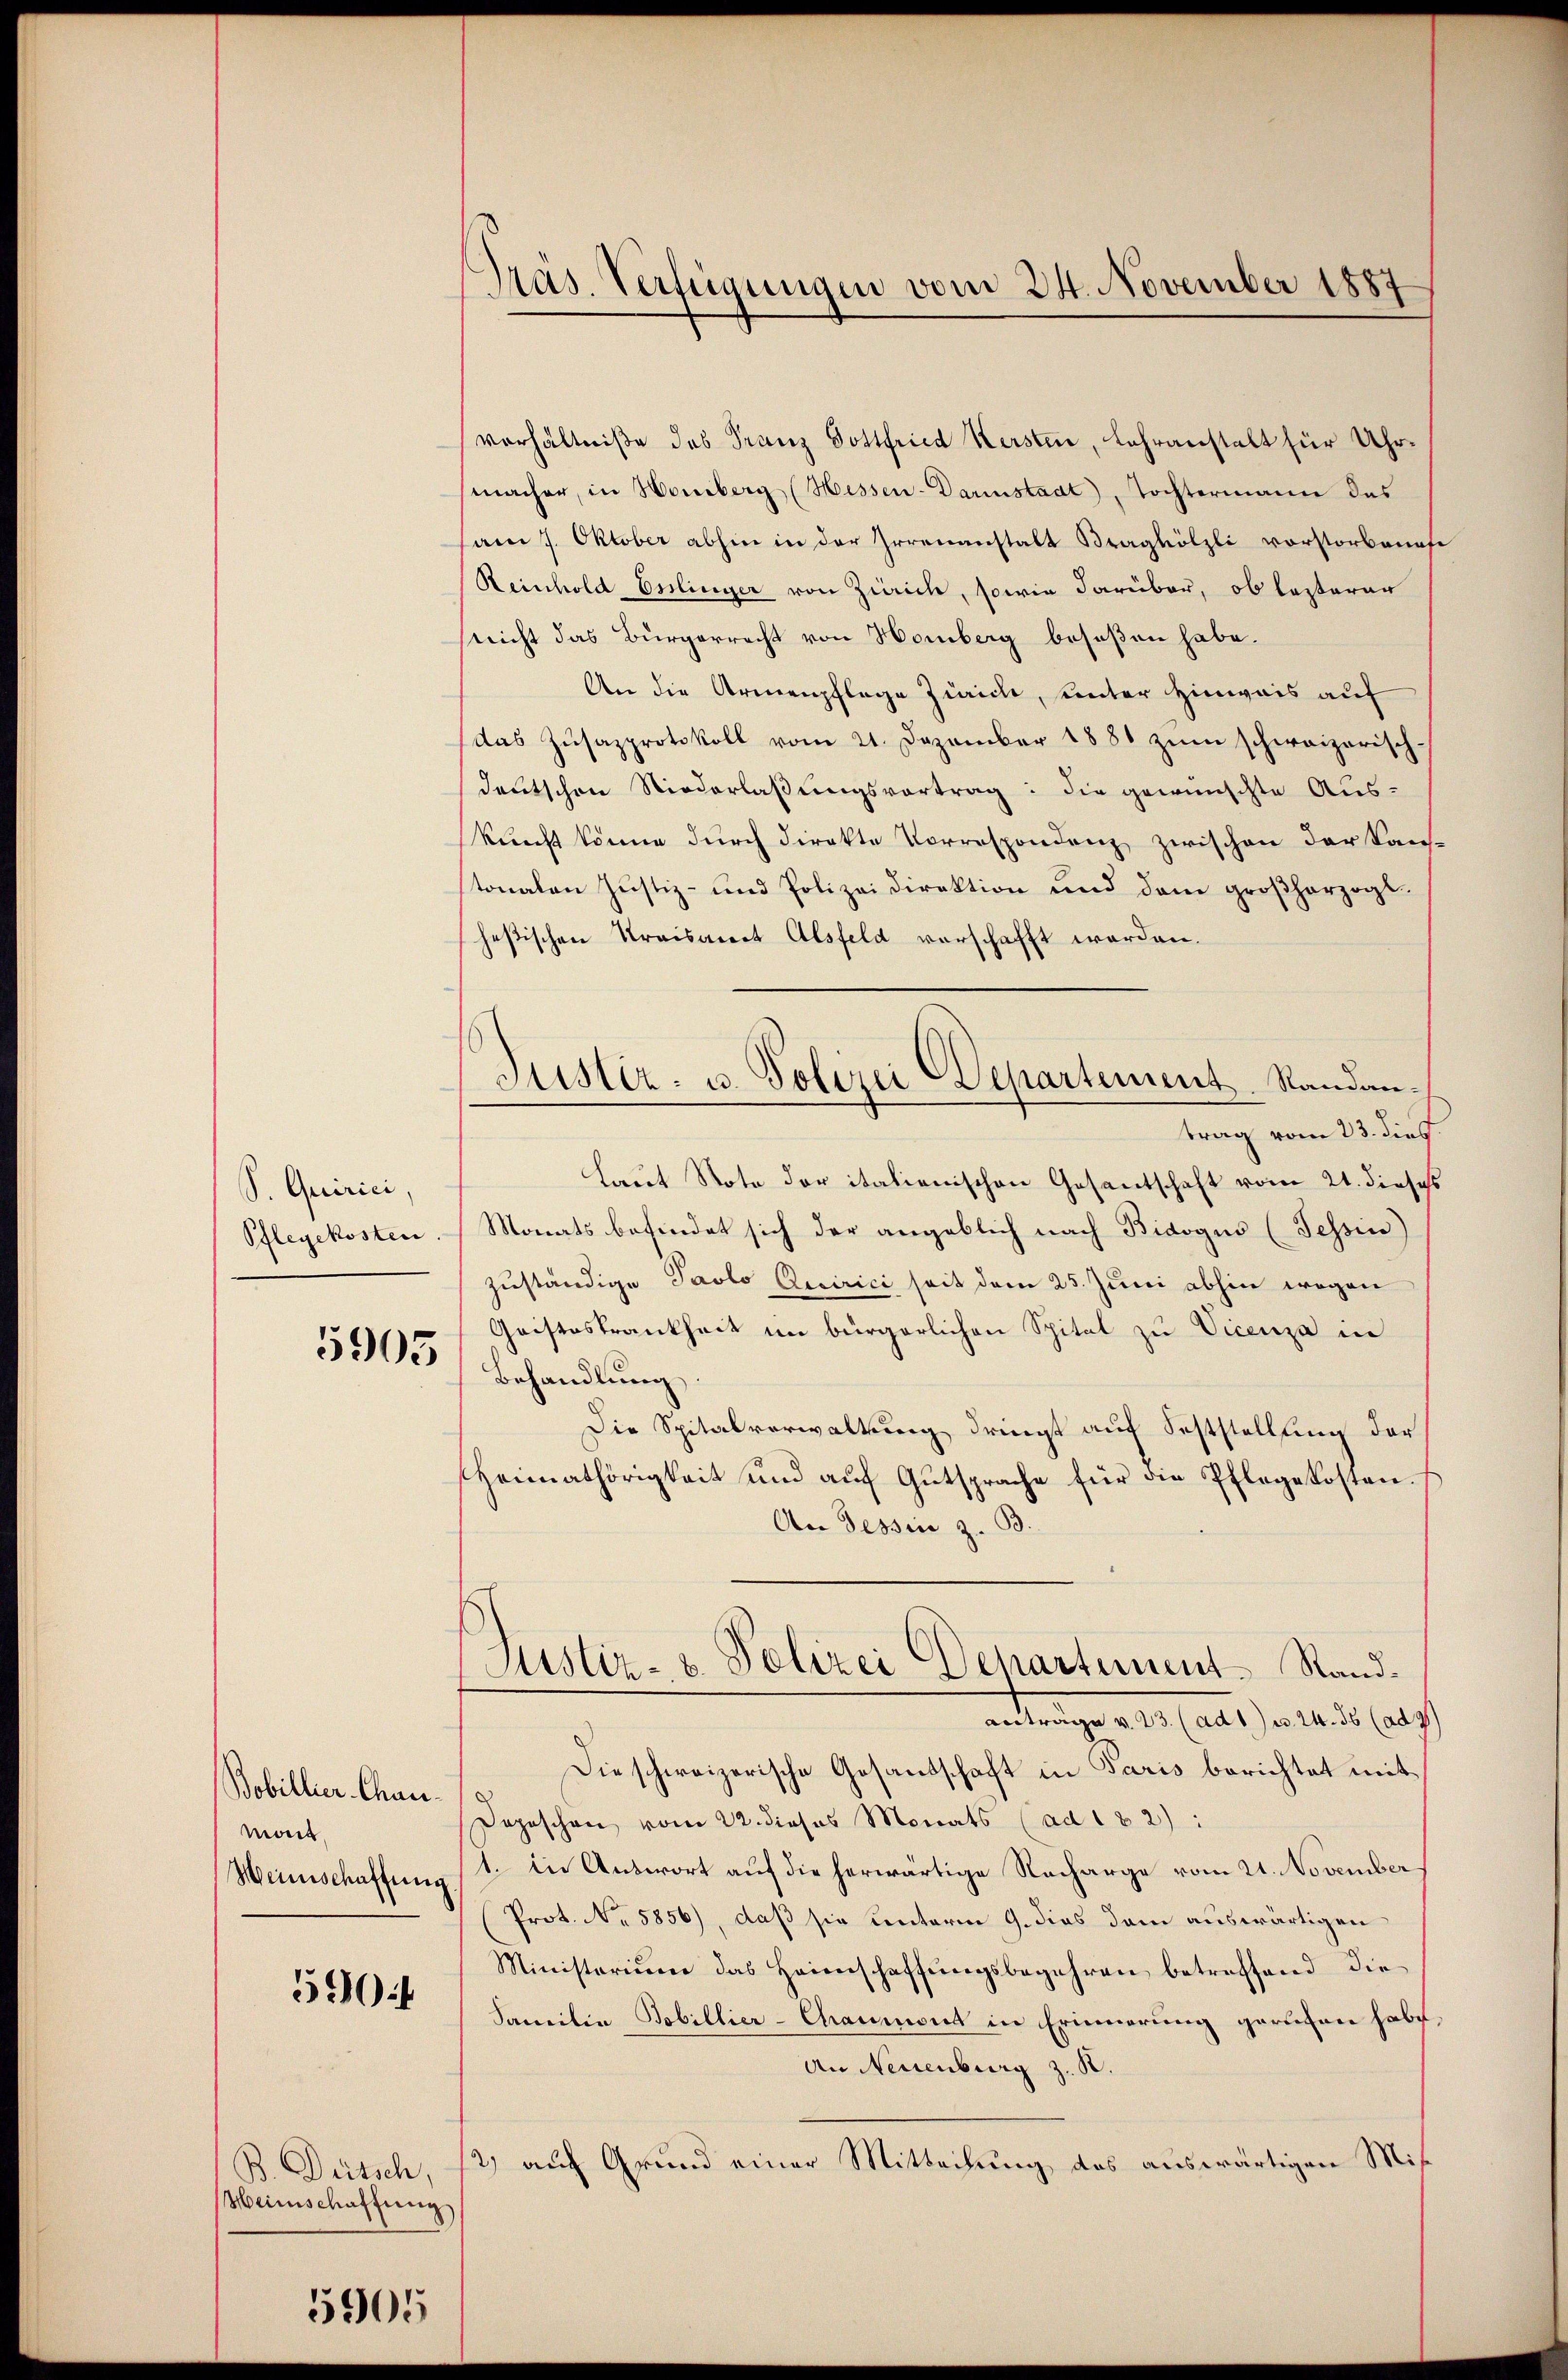
S. Quirici,
Pflegekosten

5905

Bobillier-Chaumont.
Weinschaffung

5904

B. Dütsch,
Heinschaffung

5905

Präs. Verfügungen vom 24. November 1887

verhältniße des Franz Dottfried Kersten, Lehranstalt für Uhrmacher, in Homberg (Hessen-Darinstadt, Tochtermann das
am 7. Oktober abhin in der Irrenanstalt Braghölzli vorstorbenase
Reinhold Esslinger von Zürich, sowie darüber, ob lasterar
nicht das Bürgerrecht von Homberg beseßen habe.
An die Armenpflege Zürich, unter Hinweis auf
(das Zusazprotokoll vom 21. Dezember 1881 zum schweizerisch-
deutschen Niederlaßungsvortrag: die gewünschte Aus-
kunst könne durch direkte Vorrespondenz zwischen der Kantonalen Justiz- und Polizeidirektion und dem großherzogt.
heßischen Kraisanct Alsfeld verschafft worden.
trag vom 23. dies
Laut Note der italienischen Gesantschaft vom 21. dieses
Monats befindet sich der angeblich nach Bidogus (Tessin)
zuständige Pavlo Decirici seit dem 25. Juni abhin wegen
Geisteskrankheit im bürgerlichen Spital zu Vicenza in
Behandlung
Die Spitalverwaltung dringt auf Feststellung der
Heimathörigkeit und auf Gutsprache für die Pflegekosten
An Tessin z. B.
Justiz- & Polizei Departement Randanträge v. 23. (ad 1) u. 24. 56 (ad 2
Die schweizerische Gesandschaft in Paris berichtet mit¬
Depeschen vom 22. dieses Monats (ad 182):
1. in Antwort auf die herwärtige Nacharge vom 21. November
Prot. No. 5856), daß sie unterm 9. dies dem auswärtigen
Ministerium das Heienschaffŭngsbegehren betreffend die
Familie Bobillier-Chaumont in Erinnerung geruhen habe,
An Neuenburg z. B.
2) auf Grund einer Mitteilung des auswärtigen Mis¬

Justiz- u. Polizei Departement. Sandan¬